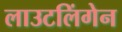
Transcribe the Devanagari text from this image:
लाउटलिंगेन